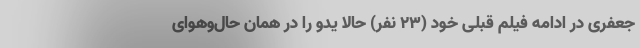
جعفری در ادامه فیلم قبلی خود (۲۳ نفر) حالا یدو را در همان حال‌وهوای